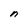
Character: n